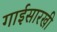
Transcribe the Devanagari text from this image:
गाईसारखी